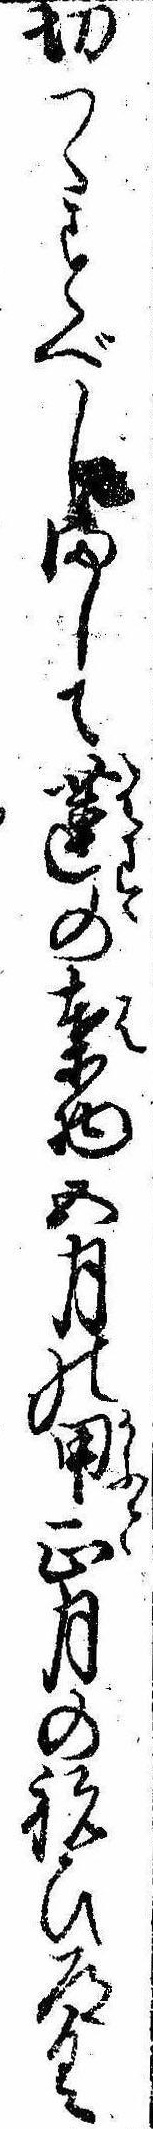
切つくすべしまして蓮の葉物五月の甲正月の祝ひ道具